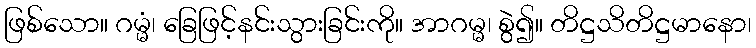
ဖြစ်သော။ ဂမ္မံ၊ ခြေဖြင့်နင်းသွားခြင်းကို။ အာဂမ္မ၊ စွဲ၍။ တိဋ္ဌသိတိဋ္ဌမာနော၊